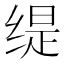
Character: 缇